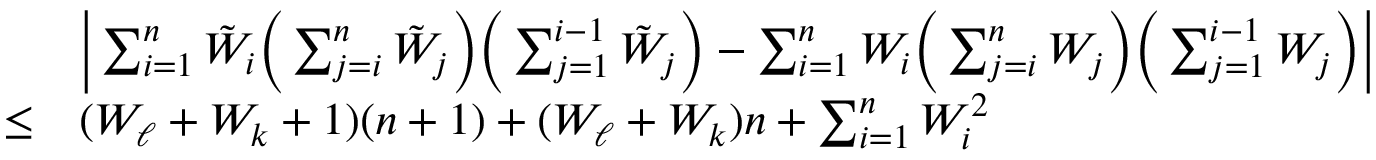
\begin{array} { r l } & { \Big \lvert \sum _ { i = 1 } ^ { n } { \tilde { W } } _ { i } \Big ( \sum _ { j = i } ^ { n } { \tilde { W } } _ { j } \Big ) \Big ( \sum _ { j = 1 } ^ { i - 1 } { \tilde { W } } _ { j } \Big ) - \sum _ { i = 1 } ^ { n } W _ { i } \Big ( \sum _ { j = i } ^ { n } W _ { j } \Big ) \Big ( \sum _ { j = 1 } ^ { i - 1 } W _ { j } \Big ) \Big \rvert } \\ { \le } & { ( W _ { \ell } + W _ { k } + 1 ) ( n + 1 ) + ( W _ { \ell } + W _ { k } ) n + \sum _ { i = 1 } ^ { n } W _ { i } ^ { 2 } } \end{array}